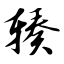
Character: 辏